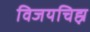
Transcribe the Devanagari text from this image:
विजयचिह्न